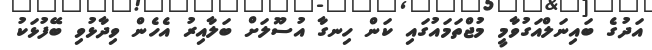
އަދުގެ ބައިނަލްއަގުވާމީ މުޖްތަމައުގައި ކަން ހިނގާ އުސޫލަށް ބަލާއިރު އެހެން ވިދާޅުވި ބޭފުޅަކު